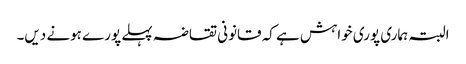
البتہ ہماری پوری خواہش ہے کہ قانونی تقاضہ پہلے پورے ہونے دیں۔